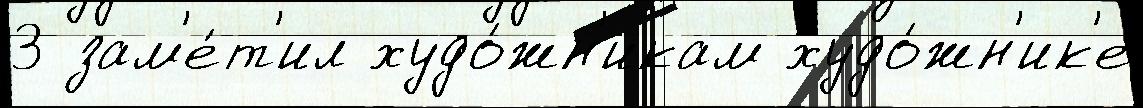
3 зам'е́т'ил худо́жн'икам худо́жн'ик'е